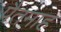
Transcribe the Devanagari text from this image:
पैतमाह